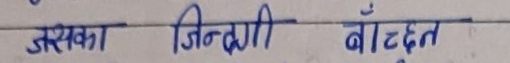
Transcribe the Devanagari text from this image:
उसका जिन्दगी बाँच्न